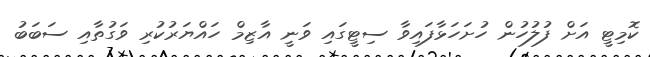
ކޮމިޓީ އަށް ފުލުހުން ހުށަހަޅާފައިވާ ސިޓީގައި ވަނީ އާޒިމް ހައްޔަރުކުރި ވަގުތާއި ސަބަބު